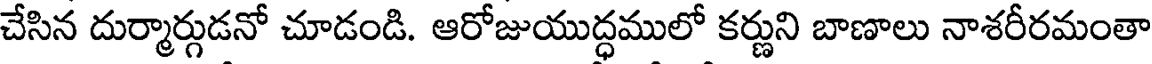
చేసిన దుర్మార్గుడనో చూడండి. ఆరోజుయుద్ధములో కర్ణుని బాణాలు నాశరీరమంతా